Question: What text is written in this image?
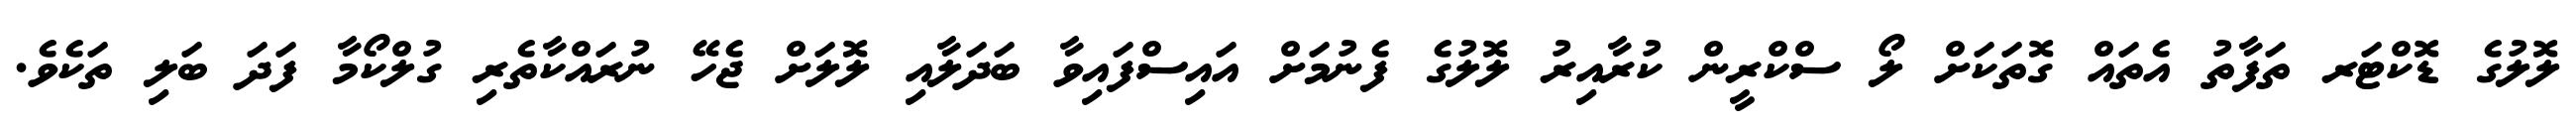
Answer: ލޮލުގެ ޑޮކްޓަރ ތަފާތު އެތައް ގޮތަކަށް ލޯ ސްކްރީން ކުރާއިރު ލޮލުގެ ފެނުމަށް އައިސްފައިވާ ބަދަލާއި ލޮލަށް ޖެހޭ ނުރައްކާތެރި ގުލްކޯމާ ފަދަ ބަލި ތަކެވެ.